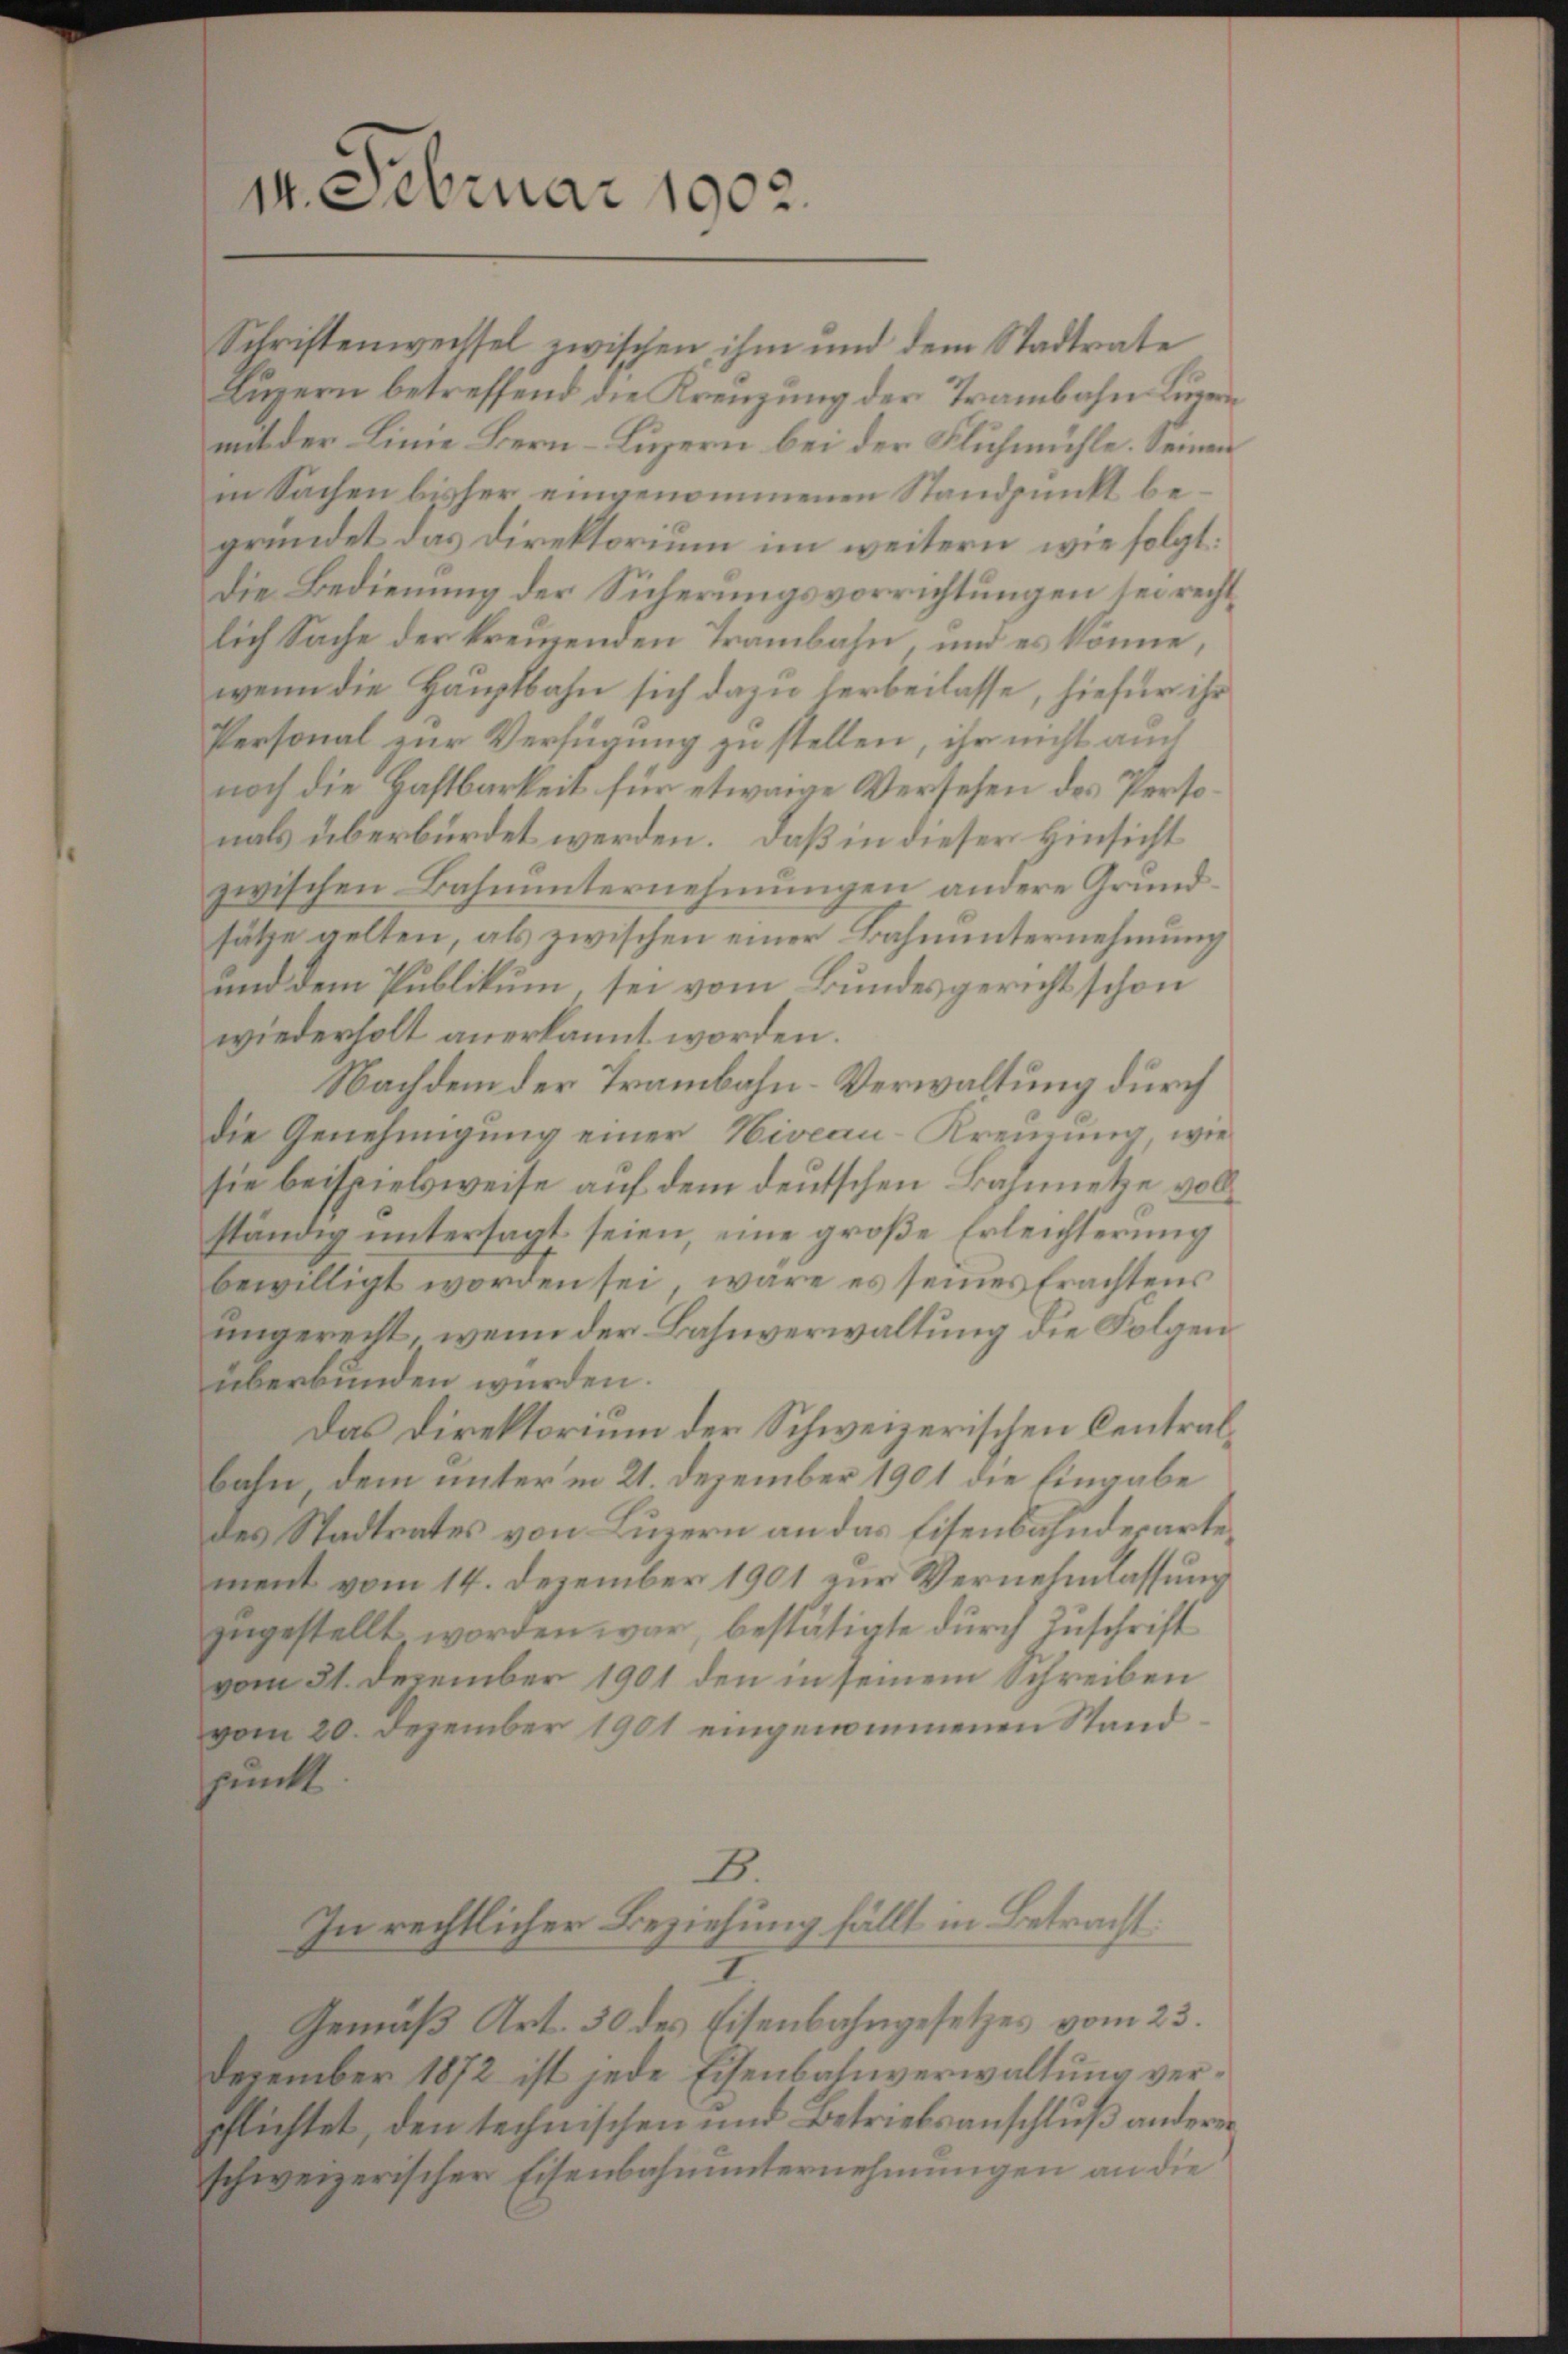
14. Februar 1902.

Schriftenweissel zwischen ihm und dem Stadtrate
Luzern betreffend die Kreuzung der Trambahn Lurer
mit der Linie Bern–Luzern bei der Fluchmühle. Seinen
in Sachen bisher eingenommenen Standpunkt begründet das Direktorium im weitern, wie folgt.
Die Bedienung der Sicherungsvorrichtungen sei rechtlich Sache der kreuzenden Trambahn, und es könne,
wenn die Hauptbahn sich dazu herbeilasse, hiefür ihr
Personal zur Verfügung zu stellen, ihr nicht auch
noch die Haftbarkeit für etwaige Versehen des Personals überbürdet werden. Daß in dieser Hinsicht
zwischen Bahnunternehmungen andere Grundsätze gelten, als zwischen einer Bahnunternehmung
und dem Publikum, sei vom Bundesgericht schon
wiederholt anerkannt worden.
Nachdem der Trambahn-Verwaltung durch
die Genehmigung einer Niveau-Kreuzung, wie
sie beispielsweise auf dem deutschen Bahnnetze vollständig untersagt seien, imme große Erleichterung
bewilligt worden sei, wäre es seines Erachtens
ungerecht, wenn der Bahnverwaltung die Folgen
überbunden würden.
Das Direktorium der Schweizerischen Centralbahn, dem unterm 21. Dezember 1901 die Eingabe
des Stadtrates von Luzern an das Eisenbahnderartement vom 14. Dezember 1901 zur Vernehmlassung
zngestellt worden war, bestätigte durch Zuschrift
vom 31. Dezember 1901 den in seinem Schreiben
vom 20. Dezember 1901 eingenommenen Stand
spunkt
B.
In rechtlicher Beziehung fällt in Betracht
Gemäß Art. 50 des Eisenbahngesetzes vom 23.
Dezember 1872 ist jede Eisenbahnverwaltung verpflichtet, den technischen und Betriebsanschluß anderer
schweizerischen Eisenbahnŭnternehmungen an die